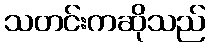
သတင်းကဆိုသည်